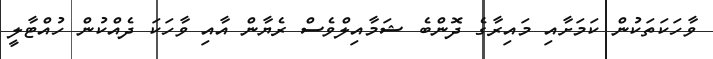
ވާހަކަތަކުން ކަމަށާއި މައިރާގެ ދޮންބެ ޝަމާއިލްވެސް ރެޔާން އާއި ވާހަކަ ދެއްކުން ހުއްޓާލީ